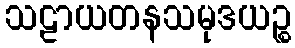
သဠာယတနသမုဒယဉ္စ